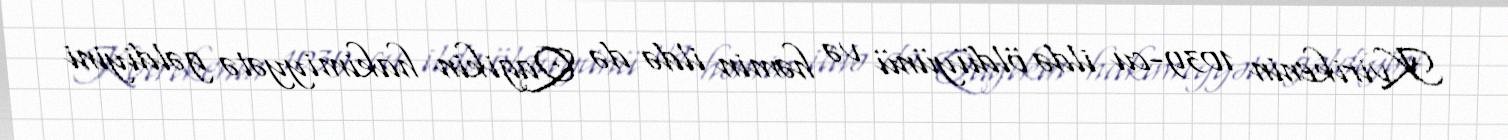
Kvirikenin 1039-cu ildə öldüyünü və həmin ildə də Qagikin hakimiyyətə gəldiyini